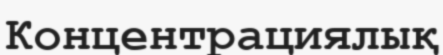
Концентрациялық